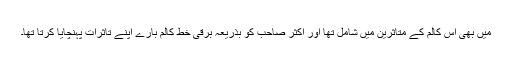
میں بھی اس کالم کے متاثرین میں شامل تھا اور اکثر صاحب کو بذریعہ برقی خط کالم بارے اپنے تاثرات پہنچایا کرتا تھا۔